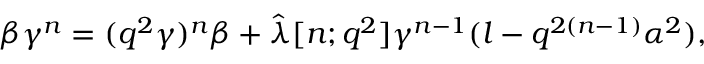
\beta \gamma ^ { n } = ( q ^ { 2 } \gamma ) ^ { n } \beta + \hat { \lambda } [ n ; q ^ { 2 } ] \gamma ^ { n - 1 } ( l - q ^ { 2 ( n - 1 ) } \alpha ^ { 2 } ) ,